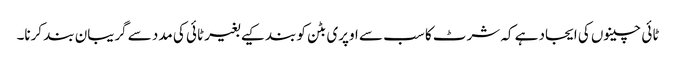
ٹائی چینوں کی ایجاد ہے کہ شرٹ کا سب سے اوپری بٹن کو بند کیے بغیر ٹائی کی مدد سے گریبان بند کرنا۔